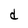
Character: d